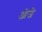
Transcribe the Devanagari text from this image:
ओजे